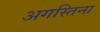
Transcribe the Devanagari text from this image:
अगस्तिना